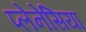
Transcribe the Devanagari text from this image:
प्लेनेसिया